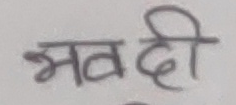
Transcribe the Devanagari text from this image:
भवदी